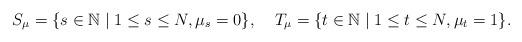
LaTeX: \begin{align*}S_\mu = \lbrace s \in \mathbb{N} \mid 1 \le s \le N, \mu_s = 0 \rbrace,&&T_\mu = \lbrace t \in \mathbb{N} \mid 1 \le t \le N, \mu_t = 1 \rbrace.\end{align*}